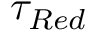
\tau _ { R e d }